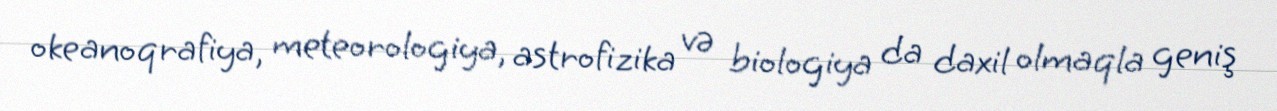
okeanoqrafiya, meteorologiya, astrofizika və biologiya da daxil olmaqla geniş